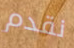
نقدم